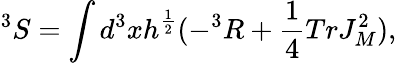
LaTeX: ^3S=\int d^{3}xh^{\frac{1}{2}}(-^{3}R+\frac{1}{4}TrJ_{M}^{2}),